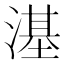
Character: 𣻺